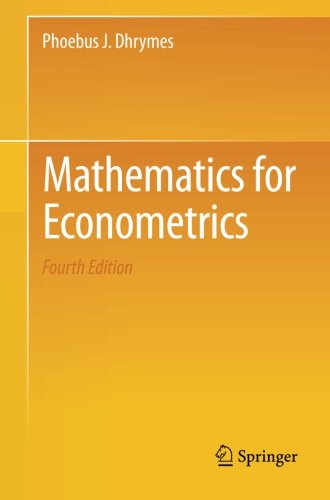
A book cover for Mathematics for Econometrics; Phoebus J. Dhrymes; Science & Math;